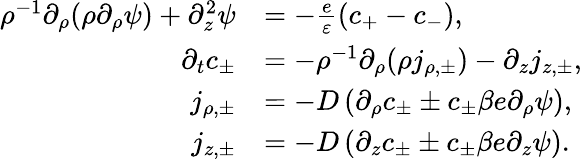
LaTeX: \begin{array}{rl}{\rho^{-1}\partial_{\rho}(\rho\partial_{\rho}\psi)+\partial_{z}^{2}\psi}&{=-\frac{e}{\varepsilon}(c_{+}-c_{-}),}\\ {\partial_{t}c_{\pm}}&{=-\rho^{-1}\partial_{\rho}(\rho j_{\rho,\pm})-\partial_{z}j_{z,\pm},}\\ {j_{\rho,\pm}}&{=-D\left(\partial_{\rho}c_{\pm}\pm c_{\pm}\beta e\partial_{\rho}\psi\right),}\\ {j_{z,\pm}}&{=-D\left(\partial_{z}c_{\pm}\pm c_{\pm}\beta e\partial_{z}\psi\right).}\end{array}